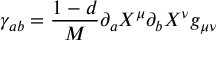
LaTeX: \gamma _ { a b } = \frac { 1 - d } { M } \partial _ { a } X ^ { \mu } \partial _ { b } X ^ { \nu } g _ { \mu \nu }